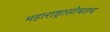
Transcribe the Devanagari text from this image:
महाराष्ट्रासोबतच